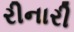
રીનારી